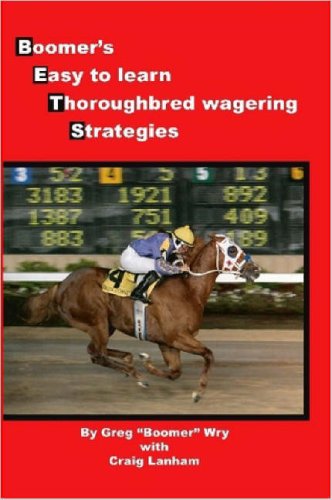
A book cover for Bets: Boomer's Easy to Learn Thoroughbred Wagering Strategies; Greg "Boomer" Wry; Humor & Entertainment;